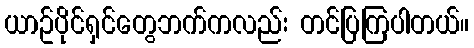
ယာဥ်ပိုင်ရှင်တွေဘက်ကလည်း တင်ပြကြပါတယ်။